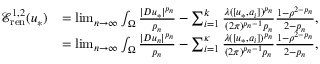
\begin{array} { r l } { \mathcal E _ { \mathrm { r e n } } ^ { 1 , 2 } ( u _ { * } ) } & { = \operatorname* { l i m } _ { n \to \infty } \int _ { \Omega } \frac { | D u _ { * } | ^ { p _ { n } } } { p _ { n } } - \sum _ { i = 1 } ^ { k } \frac { \lambda ( [ u _ { * } , a _ { i } ] ) ^ { p _ { n } } } { ( 2 \pi ) ^ { p _ { n } - 1 } p _ { n } } \frac { 1 - \rho ^ { 2 - p _ { n } } } { 2 - p _ { n } } , } \\ & { = \operatorname* { l i m } _ { n \to \infty } \int _ { \Omega } \frac { | D u _ { n } | ^ { p _ { n } } } { p _ { n } } - \sum _ { i = 1 } ^ { \kappa } \frac { \lambda ( [ u _ { * } , a _ { i } ] ) ^ { p _ { n } } } { ( 2 \pi ) ^ { p _ { n } - 1 } p _ { n } } \frac { 1 - \rho ^ { 2 - p _ { n } } } { 2 - p _ { n } } , } \end{array}